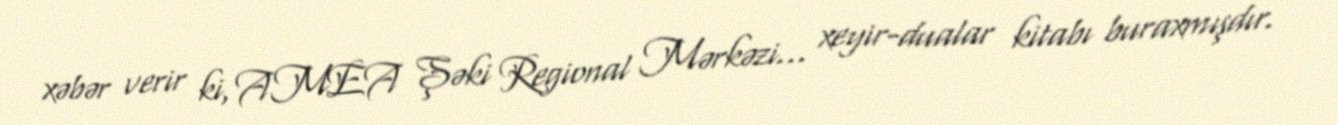
xəbər verir ki, AMEA Şəki Regional Mərkəzi... xeyir-dualar kitabı buraxmışdır.